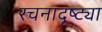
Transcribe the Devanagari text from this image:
रचनादृष्ट्या